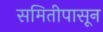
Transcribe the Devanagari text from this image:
समितीपासून